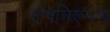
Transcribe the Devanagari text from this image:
दोषनिरूपण